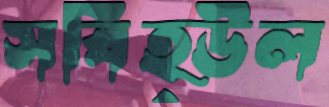
সবিহ্উল